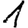
Digit: 1